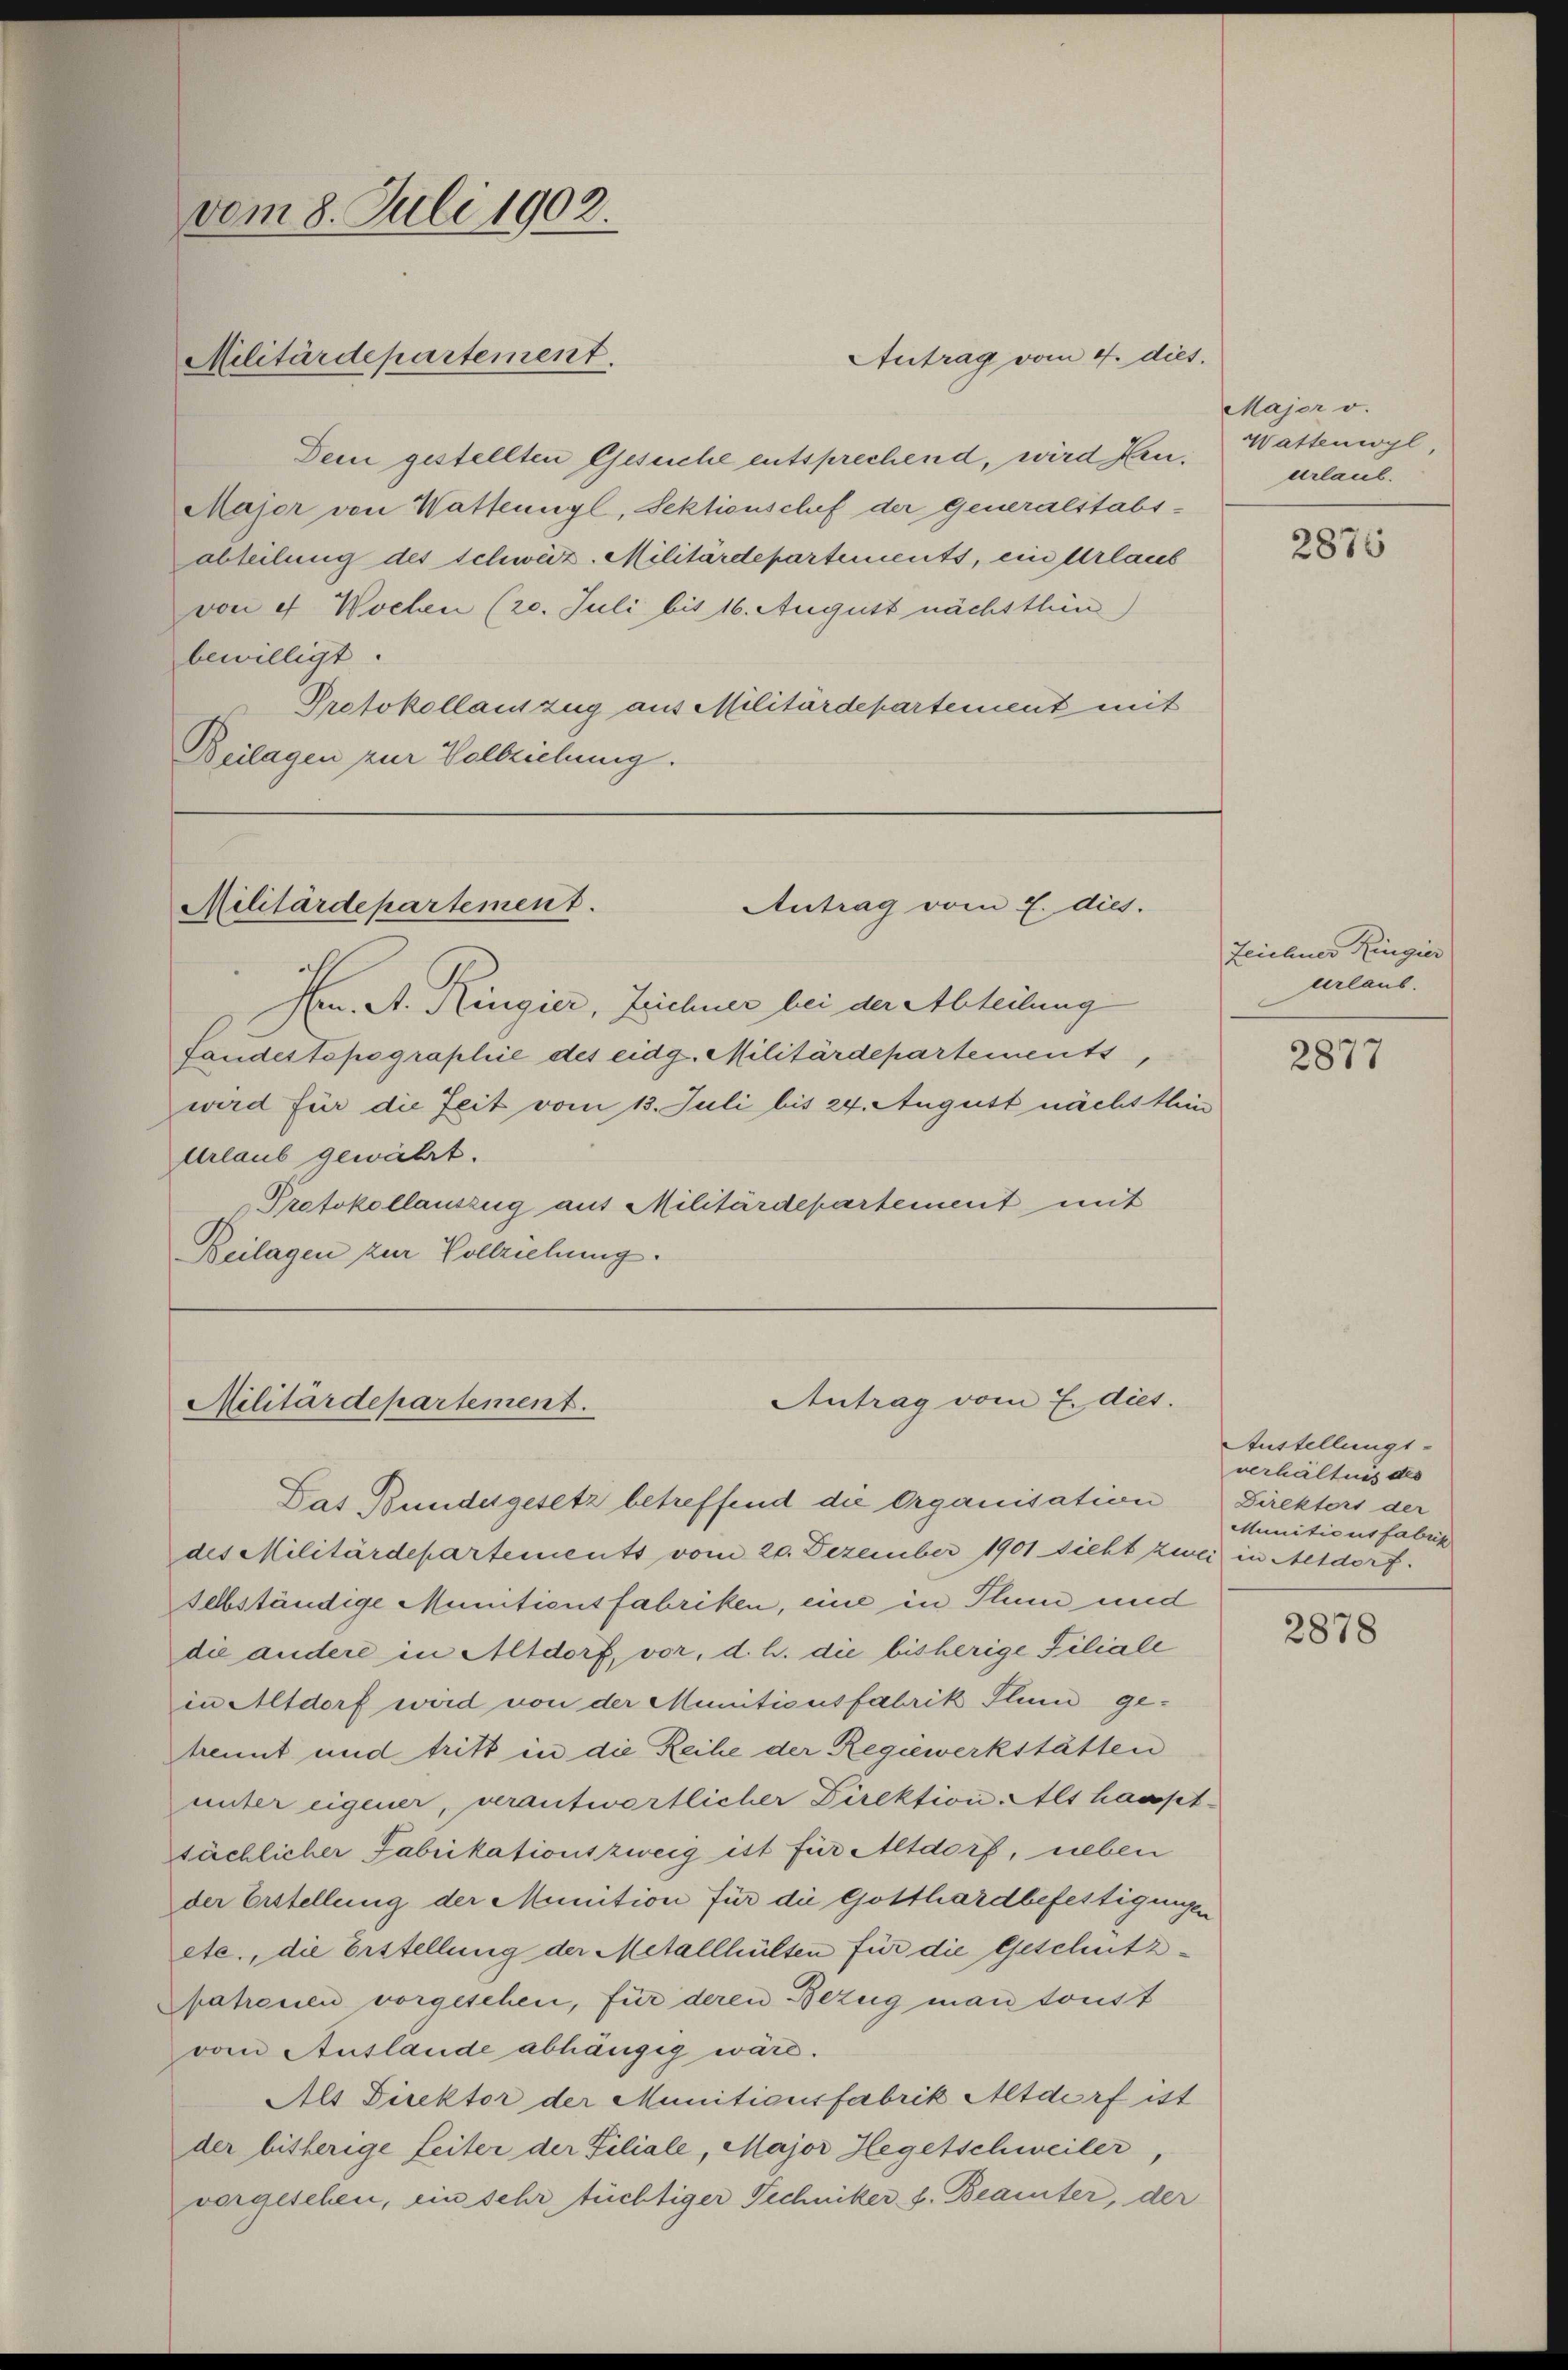
Dein gestellten Gesuche entsprechend, wird Heu¬
Major von Wattenngl, Sektionschef der generalstabs-
abteilung des schweiz. Militärdepartements, ein Urlaub
von et Wochen (20. Juli bis 16. August nächsthin)
bewilligt.
Protokollauszug aus Militärdepartement mit
Beilagen zur Vollziehung.

vom 8. Juli 1902.

Militärdepartement.

Militärdepartement.
Antrag vom 2. dies.

Im. A. Ringier, Zeichner bei der Abteilung
fandestopographie des eidg. Militärdepartements
wird für die Zeit vom 13. Juli bis 24. August nächsthin
Urlaub gewährt.
Protokollauszug aus Militärdepartement mit
Beilagen zur Vollziehung.

Antrag vom 7. dies.
Militärdepartement.

Antrag vom 4. dies.

Das Bundesgesetz betreffend die Organisation
des Militärdepartements vom 20. Dezember 1901 dicht zwei in Altdorf.
selbständige Munitieutfabriken, eine in Thun und
die andere in Altdorf, vor, d. h. die bisherige Filiale
in Altdorf wird von der Munitionsfabrik Thun ge-
kennt und tritt in die Reihe der Regiewerkstätten
unter eigener, verantwortlicher Direktion. Als hauptsächlicher Fabrikationszweig ist für Altdorf, neben
der Erstellung der Meinition für die Gotthardbefestigungen
etc., die Erstellung der Metallhülten für die Geschützpatronen vorgesehen, für deren Bezug man toust
vom Auslande abhängig wäre.
Als Direktor der Munitionsfabrik Altdorf ist
der bisherige Leiter der Filiale, Major Hegetschweiler
vorgesehen, ein sehr tüchtiger Techniker s. Beamter, der

Major v.
Wattenwyl,
urlaul.

2875

Zeichner Ringier
eerlaub.

2877

Austellungs-
verhältnis des
Direktors der
Munitionsfabrik

2878